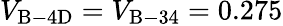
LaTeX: V_{\mathrm{B-4D}}=V_{\mathrm{B-34}}=0.275